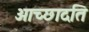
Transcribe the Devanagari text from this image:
आच्‍छादति